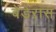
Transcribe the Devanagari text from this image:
बेंडेरास